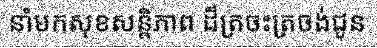
នាំមកសុខសន្តិភាព ដ៏ត្រចះត្រចង់ជូន